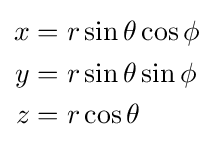
{\begin{aligned}x&=r\sin \theta \cos \phi \\y&=r\sin \theta \sin \phi \\z&=r\cos \theta \end{aligned}}